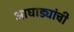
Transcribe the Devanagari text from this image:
आघाड्यांची